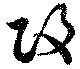
攻